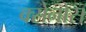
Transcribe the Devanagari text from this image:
क्सेनोस